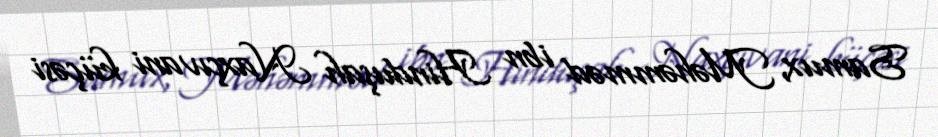
Samux, Məhəmməd ibn Hinduşah Naxçıvani küçəsi